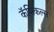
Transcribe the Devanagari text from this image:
कॅमिकल्स